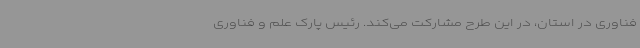
فناوری در استان، در این طرح مشارکت می‌کند. رئیس پارک علم و فناوری